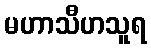
မဟာသီဟသူရ